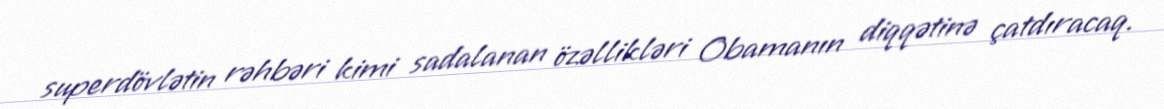
superdövlətin rəhbəri kimi sadalanan özəllikləri Obamanın diqqətinə çatdıracaq.